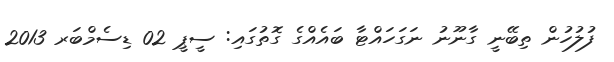
ފުލުހުން ތިބޭނީ ގާނޫނު ނަގަހައްޓާ ބައެއްގެ ގޮތުގައި: ސީޕީ 02 ޑިސެމްބަރ 2013